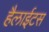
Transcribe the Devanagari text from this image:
हैलाईटस